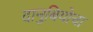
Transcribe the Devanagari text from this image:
दानुबियोचा